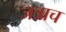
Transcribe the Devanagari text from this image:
जत्राच